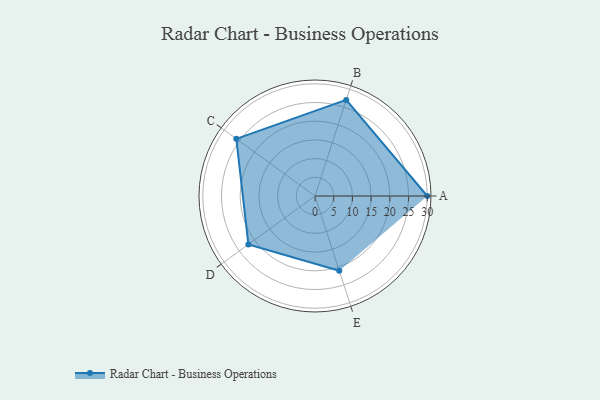
{"axis": {"x": "Skill", "y": "Score"}, "legend": ["Profile"], "data": [{"x": "A", "y": 30.0, "type": "Profile"}, {"x": "B", "y": 27.0, "type": "Profile"}, {"x": "C", "y": 26.0, "type": "Profile"}, {"x": "D", "y": 22.0, "type": "Profile"}, {"x": "E", "y": 21.0, "type": "Profile"}]}